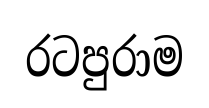
රටපුරාම